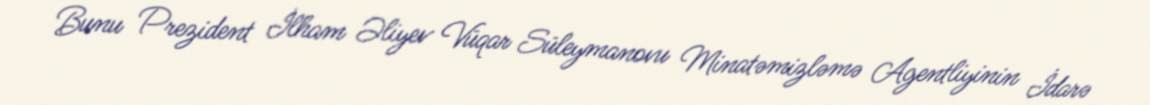
Bunu Prezident İlham Əliyev Vüqar Süleymanovu Minatəmizləmə Agentliyinin İdarə